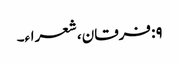
۹: فرقان، شعراء۔